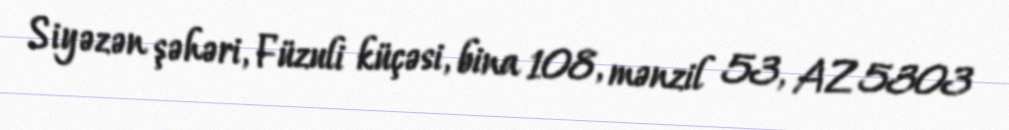
Siyəzən şəhəri, Füzuli küçəsi, bina 108, mənzil 53, AZ 5303